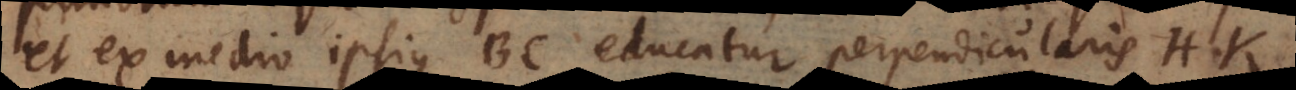
et ex medio ipsius BC educatur perpendicularis HK, c